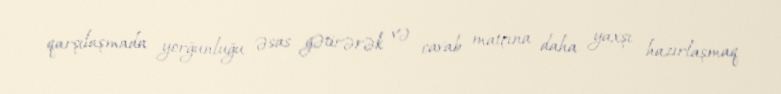
qarşılaşmada yorğunluğu əsas gətirərək və cavab matçına daha yaxşı hazırlaşmaq